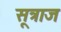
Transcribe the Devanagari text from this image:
सूत्राज